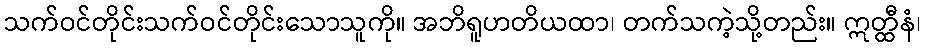
သက်ဝင်တိုင်းသက်ဝင်တိုင်းသောသူကို။ အဘိရူဟတိယထာ၊ တက်သကဲ့သို့တည်း။ ဣတ္ထီနံ၊